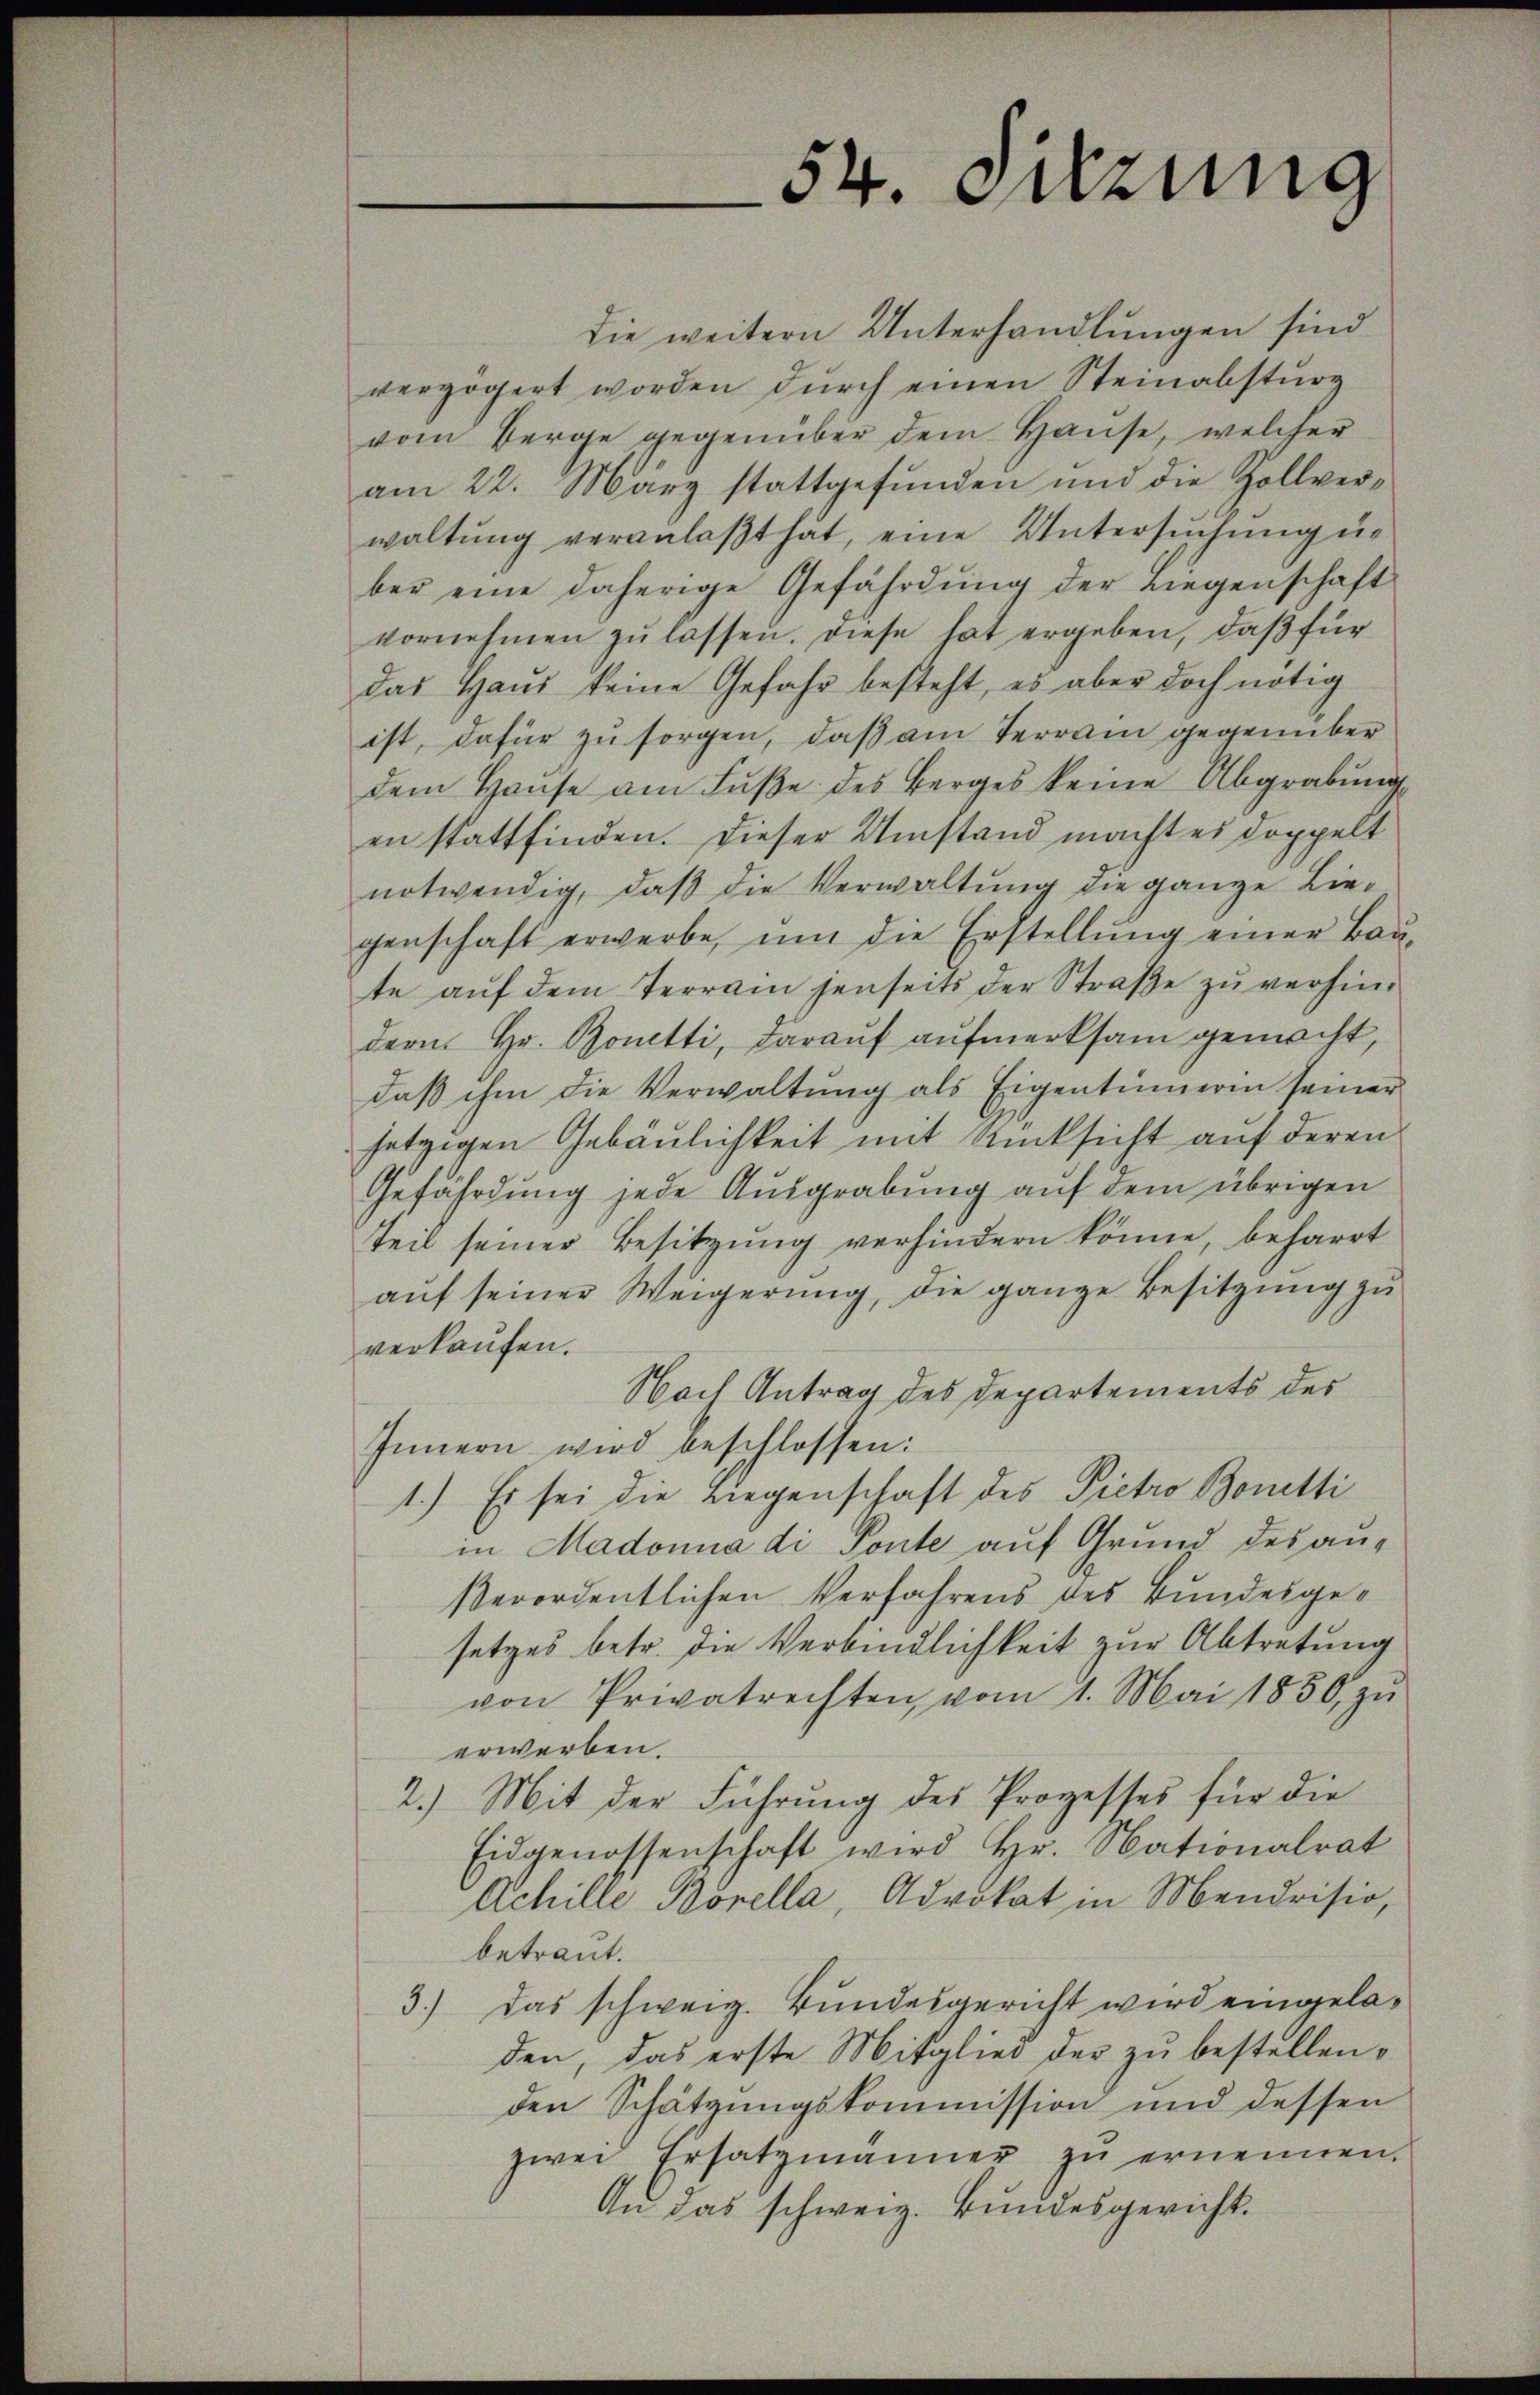
die weitern Unterhandlungen sind.
verzögert worden durch einen Steinabsturz
vom Berge gegenüber dem Hause, welcher
am 22. März stattgefunden und die Zollverwaltŭng veranlaβt hat, eine Untersŭchŭng un
ber eine daherige Gefährdung der Liegenschaft
vornehmen zŭ lassen. Diese hat ergeben, daβ für
das Haus keine Gefahr besteht, es aber doch nötig
ist, dafür zu sorgen, daß am Terrain gegenüber
dem Haŭse am Fuße des Berges keine Abgrabung
en stattfinden. Dieser Umstand macht es doppelt
notwendig, daß die Verwaltung die ganze Liegenschaft erwerbe, ŭm die Erstellŭng einer Baŭ-
te auf dem Terrain jenseits der Straße zu verhindern Hr. Bonetti, darauf aufmerksam gemacht,
daβ ihm die Verwaltŭng als Eigentümerin seiner
jetzigen Gebäulichkeit mit Rücksicht auf deren
Gefährdung jede Ausgrabung auf dem übrigen
Teil seiner Besitzung verhindern könne, beharrt
aŭf seiner Weigerung, die ganze Besitzung zu
verkaufen.
Nach Antrag des Departements des
Innern wird beschlossen:
1.) Es sei die Liegenschaft des Pietro Bonetti
in Madonna di Ponte auf Grund des außerordentlichen Verfahrens des Bundesgesetzes betr. die Verbindlichkeit zur Abtretung
von Privatrechten, vom 1. Mai 1850, zŭ
erwerben.
2.) Mit der Führung des Prozesses für die
Eidgenossenschaft wird Hr. Nationalrat
Achille Borella, Advokat in Mendrisio,
betraut.
3.) Das schweiz. Bundesgericht wird eingeladen, das erste Mitglied der zu bestellen.
den Schätzungskommission und dessen
zwei Ersatzmänner zŭ ernennen.
An das schweiz. Bundesgericht.

54. Setzung